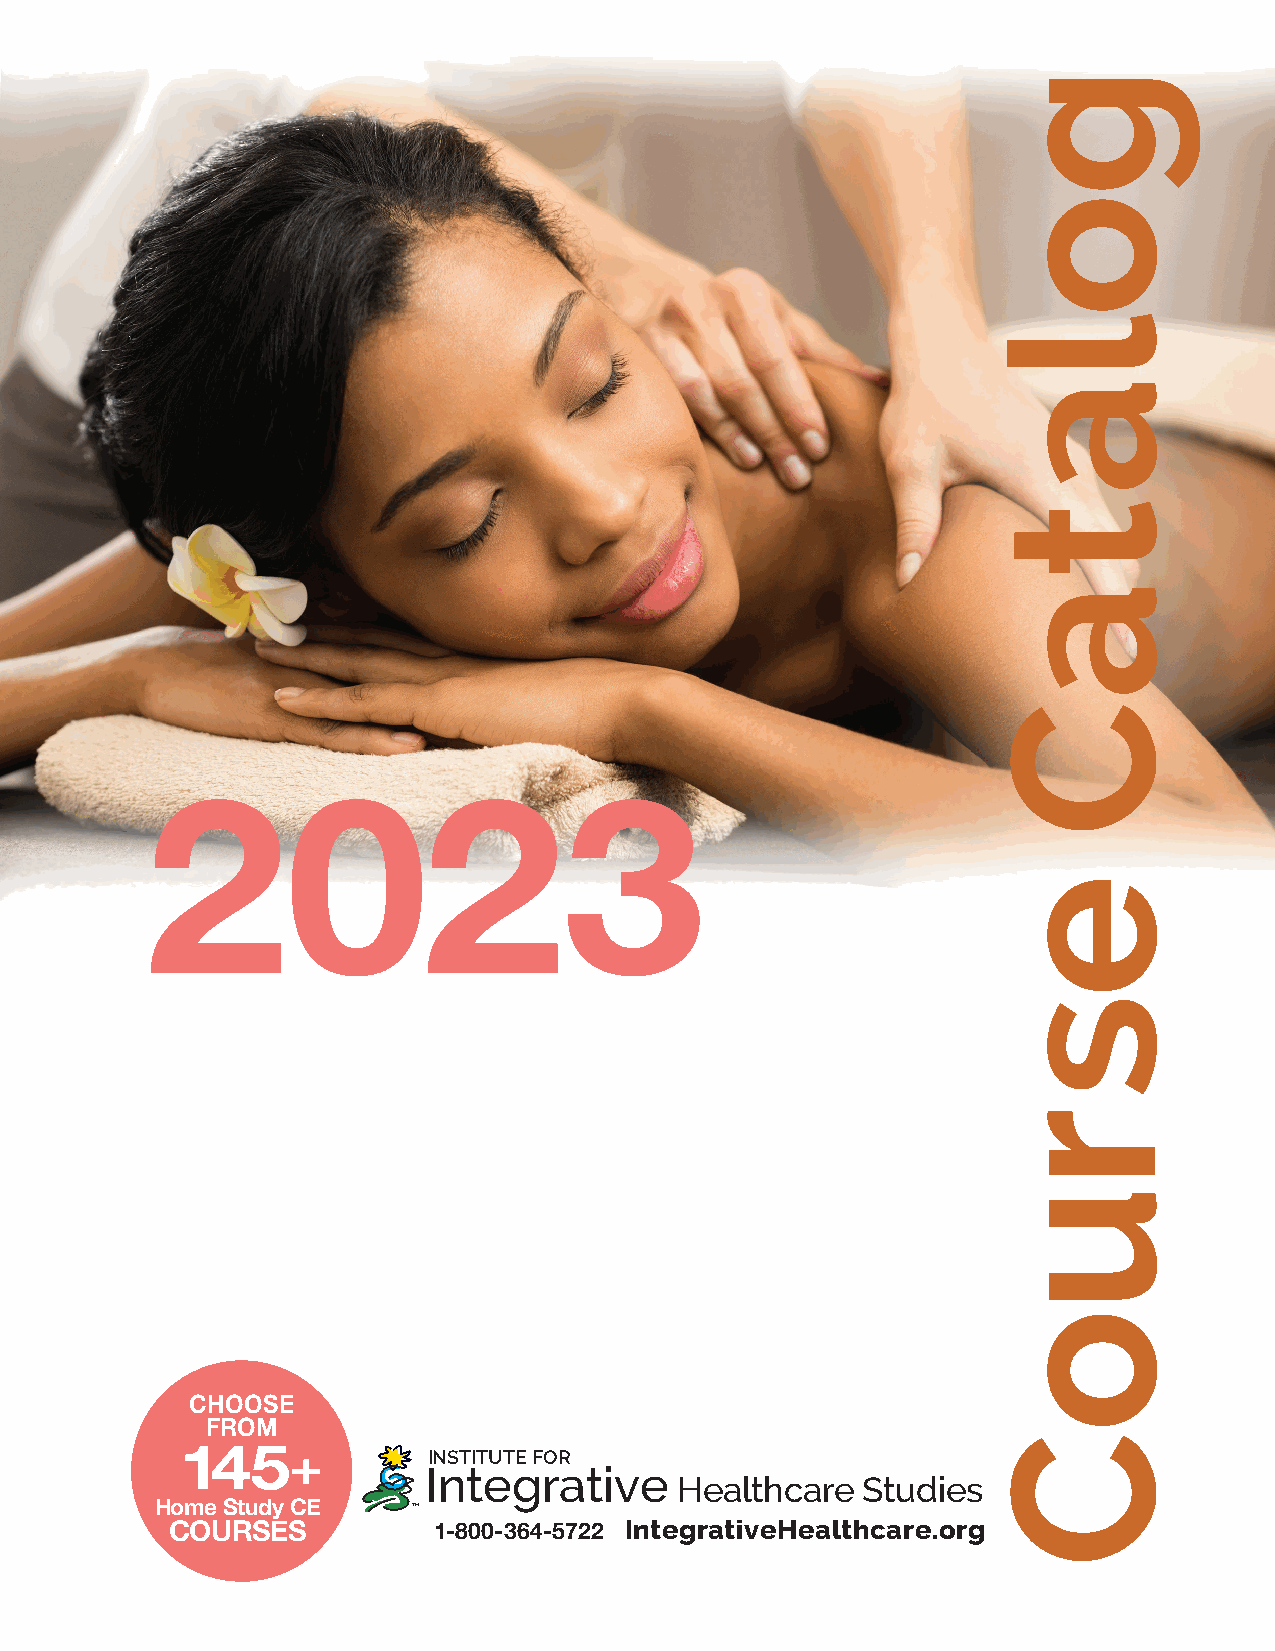
2023
 CHOOSE
 FROM
 INSTITUTE FOR
 145+
 Integrative
 Healthcare  Studies
 Home Study CE    TM
 IntegrativeHealthcare.org
 COURSES           1-800-364-5722
 golataC
 es
 ruoC